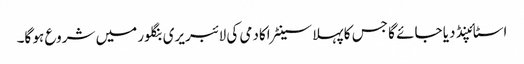
اسٹائپنڈ دیا جائے گا جس کا پہلا سینٹر اکادمی کی لائبریری بنگلور میں شروع ہو گا۔